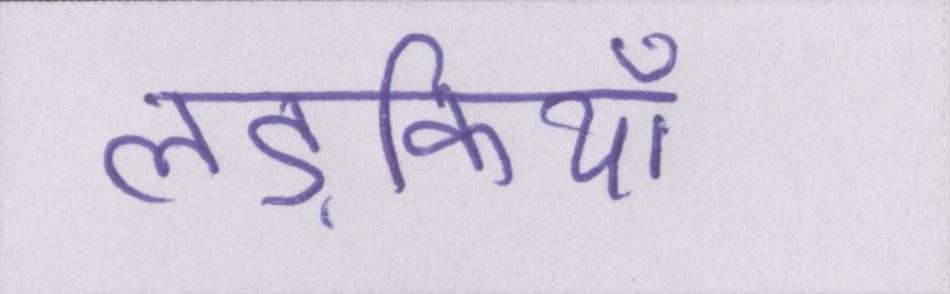
लड़कियाँ